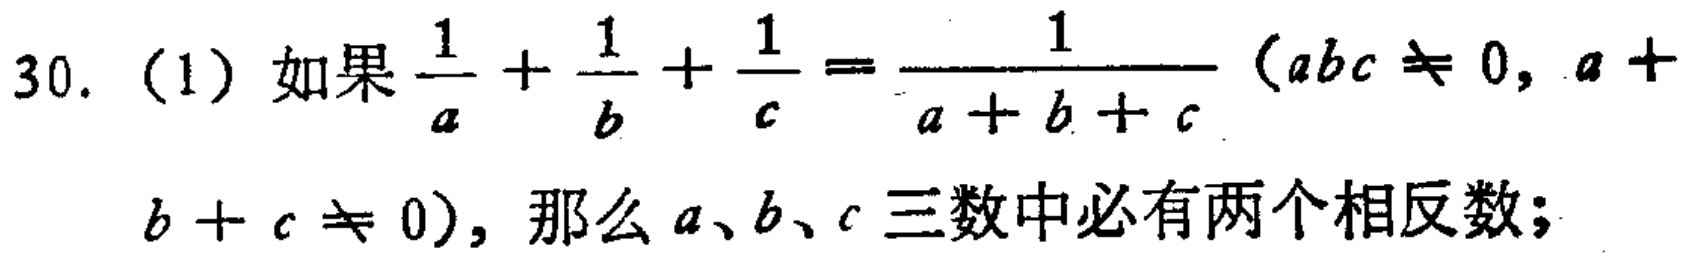
30.（1）如果\(\frac{1}{a}+\frac{1}{b}+\frac{1}{c}=\frac{1}{a + b + c}(abc\neq0,a + b + c\neq0)\)，那么\(a、b、c\)三数中必有两个相反数；